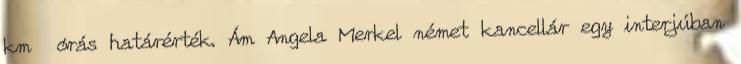
km órás határérték. Ám Angela Merkel német kancellár egy interjúban